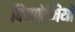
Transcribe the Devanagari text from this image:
विद्याप्रेमियों